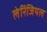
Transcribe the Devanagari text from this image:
लेरिंजियल